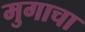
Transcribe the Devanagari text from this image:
मुगाचा